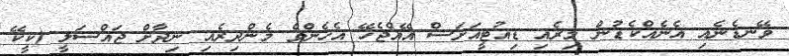
ވޭނޑެނެއި އެނެއްކެޑުން މިރެއި ޑިއުޓީއަށަސް އޭއްޖެހޭ އެހެންވެ މެންދިރެއި ނިދާށް ޖައްސަލީ (ކީކޭ